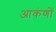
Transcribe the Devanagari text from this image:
आकंणों